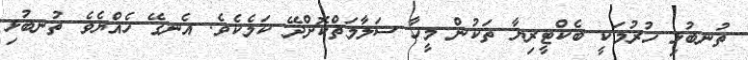
ތުނބުޅި ހުރުމަކީ ބެކްޓީރިޔާ ތަކުން މީހާ ސަލާމަތްކޮށްދޭ ކަމެކެވެ. އެނގޭ ހެއްޔެވެ ތުނބުޅި